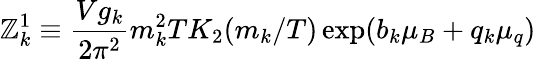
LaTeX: \mathbb{Z}_{k}^{1}\equiv{\frac{{Vg_{k}}}{{2\pi^{2}}}}m_{k}^{2}TK_{2}(m_{k}/T)\exp(b_{k}\mu_{B}+q_{k}\mu_{q})